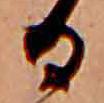
る